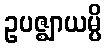
ဥပဇ္ဈာယမ္ပိ